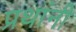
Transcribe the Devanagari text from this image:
प्रथांनी